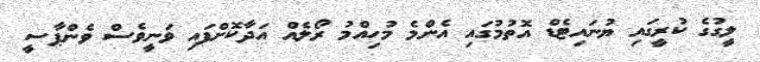
ލީގުގެ ކުރީގައި ޔުނައިޓެޑް އޮތުމުގައި އެންމެ މުހިއްމު ރޯލެއް އަދާކޮށްފައި ވަނީވެސް ވެންޕާސީ